Kloostri_vallavalitsus, lk 20
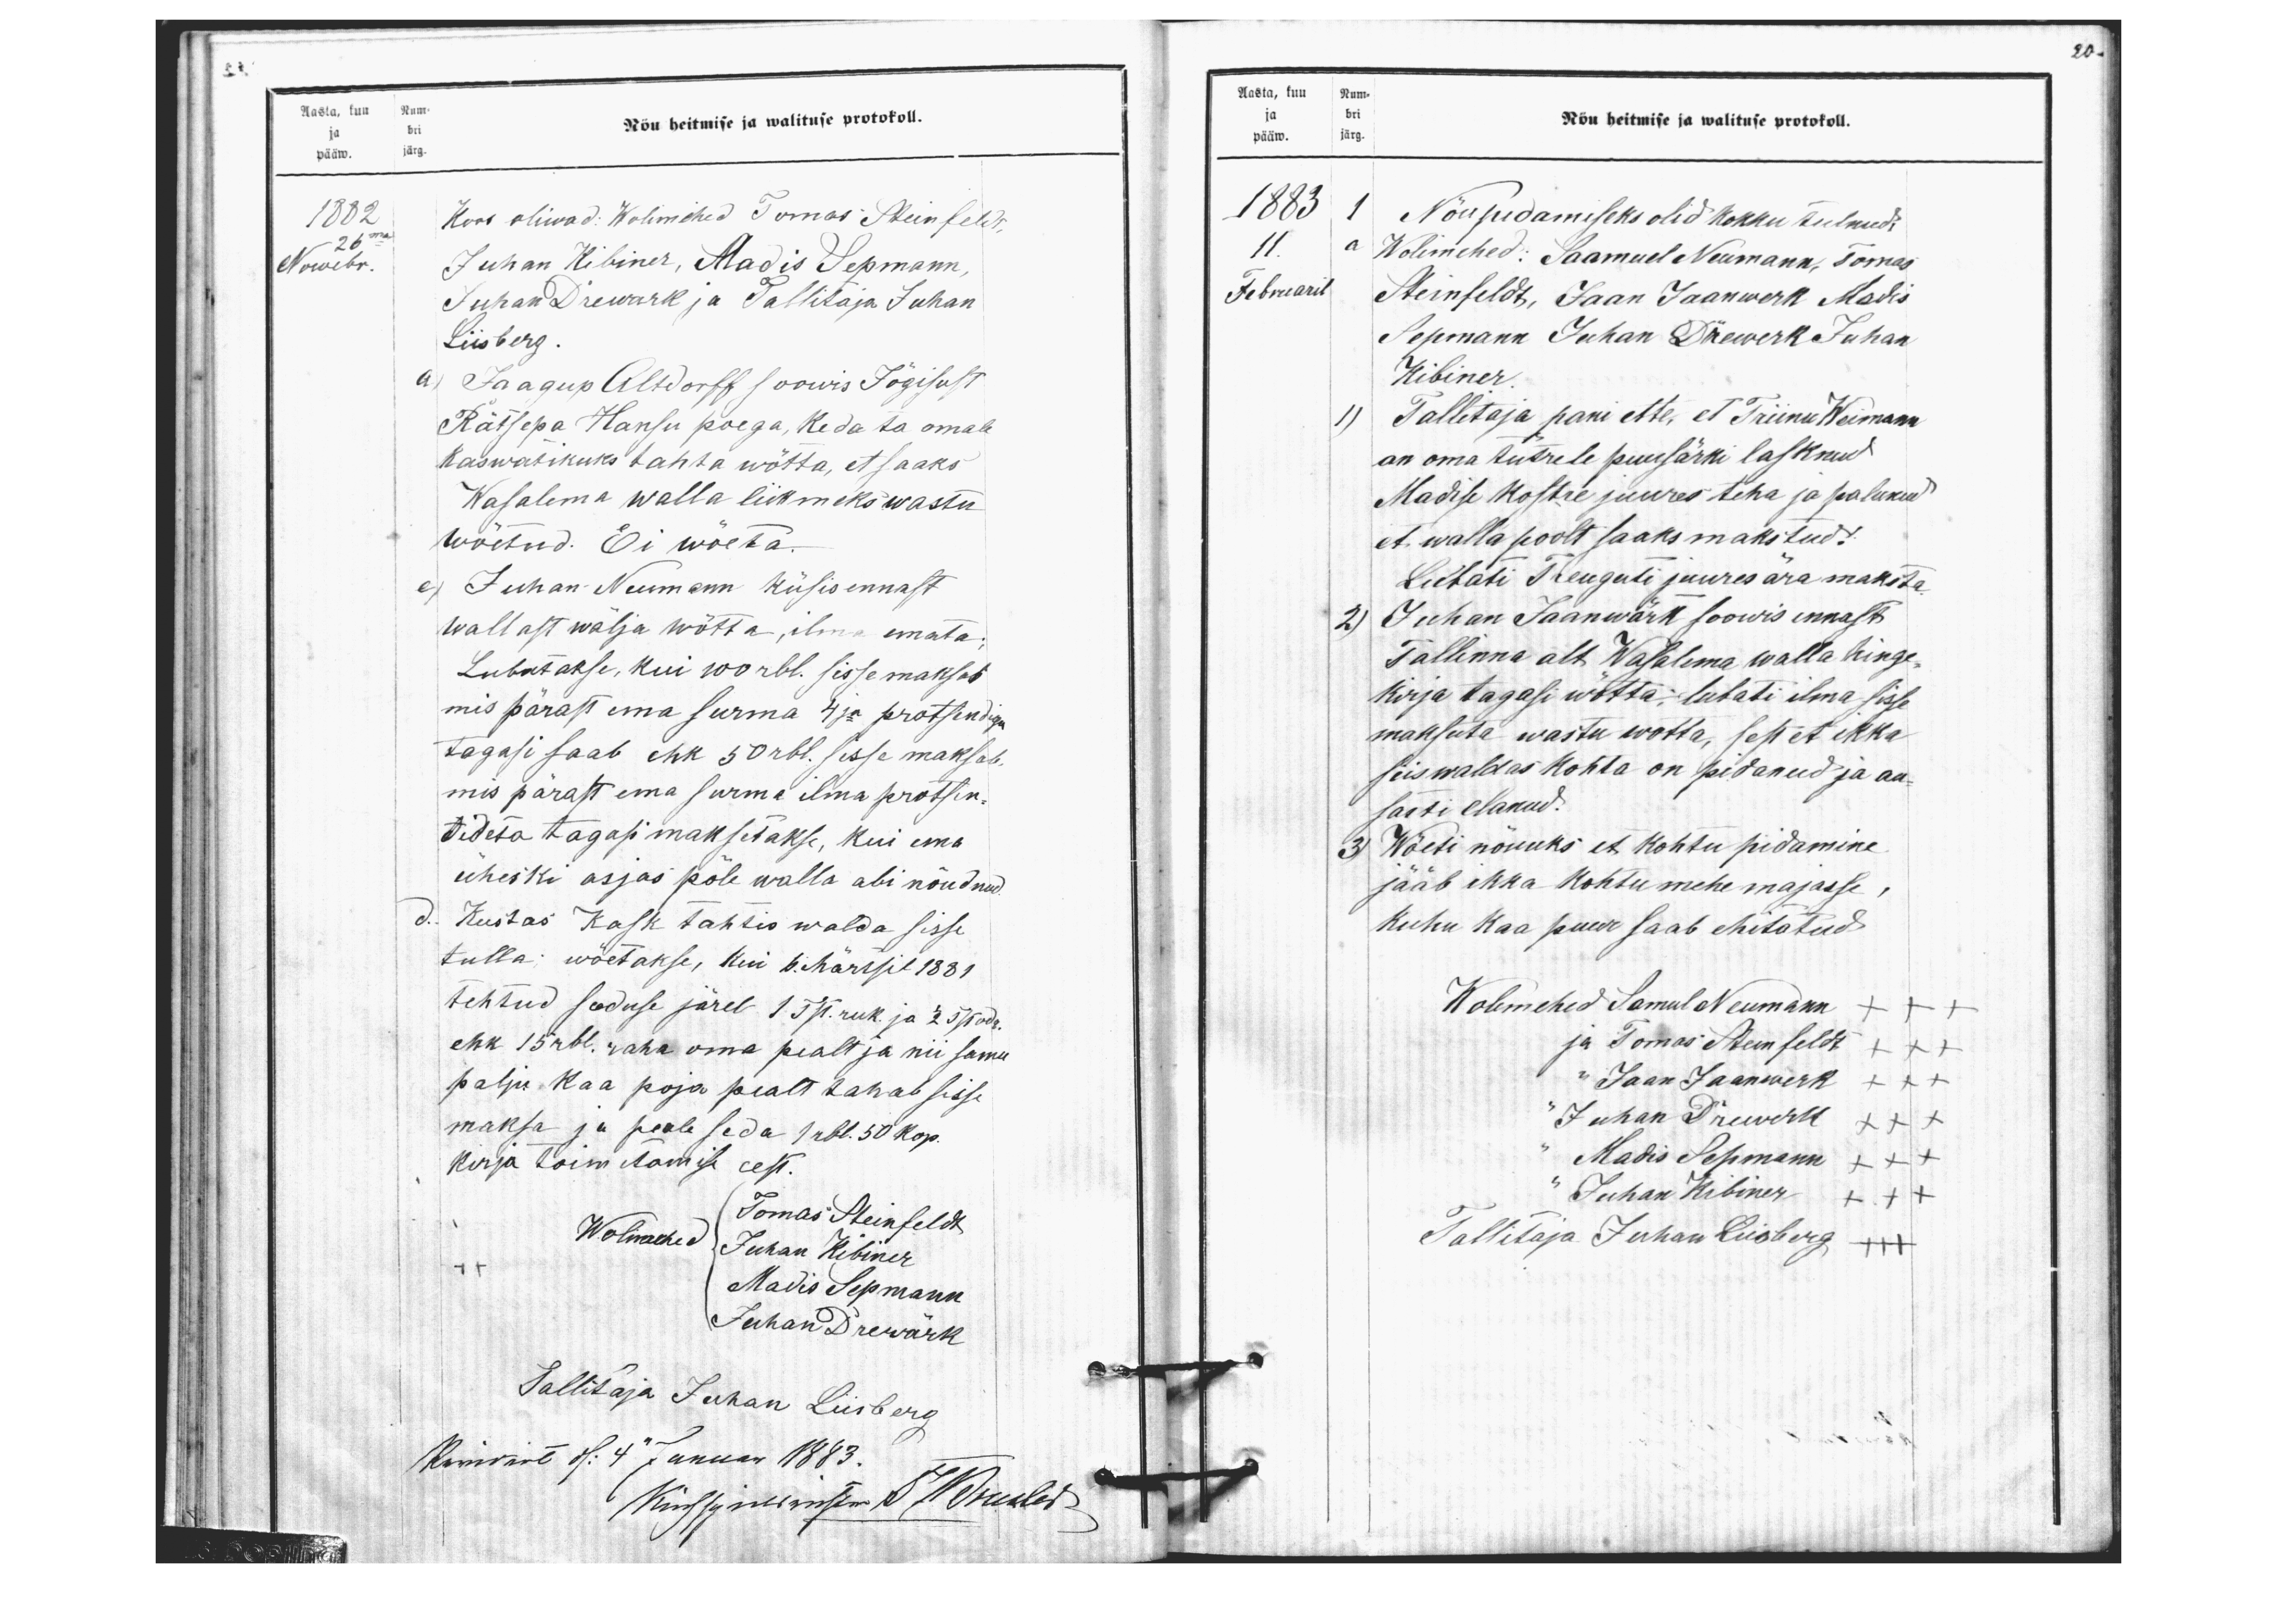
20.

ja bri
pääw. järg.
Aasta, kuu Num.
Nõu heitmise ja walituse protokoll.
1882
Koos oliwad: Wolimehed Tomas Steinfeldt,
26mal
Nowebr.
Juhan Kibiner, Madis Sepmann
Juhan Drewark ja Tallitaja Juhan
Liisberg.
a) Jaagup Altdorff soowis Jõgisust
Rätsepa Hansu poega, keda ta omale
kaswatikuks tahta wõtta, et saaks
Wasalema walla liikmeks wastu
e) Juhan Neumann küsis ennast
wallast wälja wõtta, ilma emata.
Lubatakse, kui 100 rbl. sisse maksab
mis pärast ema surma 4ja protsendiga
tagasi saab ehk 50 rbl. sisse maksab,
wõetud. Ei wõeta
mis pärast ema surma ilma protsen.
tideta tagasi maksetakse, kui ema
üheski asjas põle walla abi nõudnud.
d. Kustas Kask tahtis walda sisse
tulla; wõetakse, kui 6. Märtsil 1881
tehtud seaduse järel 1 Tst. ruk. ja 1/2 Tst odr
ehk 15 rbl. raha oma pealt ja nii sama
palju kaa poja pealt tahab sisse
maksa ja peale seda 1 rbl. 50 kop.
kirja toimetamise eest.
Wolimehed
Tomas Steinfeldt
Juhan Kibiner
Madis Sepmann
Juhand Drewärk
Tallitaja Juhan Liisberg
Ramrill N: 4 Januar 1883.
Küssimeinsen IHÕnelod

Aasta, kuu Num-
ja bri
pääw. järg.
Nõu heitmise ja walituse protokoll.
1883
1 Nõupidamiseks olid kokku tulnud.
11.
a Wolimehed: Saamuel Neumann, Tomas
Februaril
Steinfeldt, Jaan Jaanwerk Madis
Sepmann Juhan Drewerk Juhan
Kibiner
1) Tallitaja pani ette, et Triinu Weimann
on oma tutrele puusärki lasknud
Madise kostre juures teha ja palunud
et walla poolt saaks makstud!
Lubati Treuguti juures ära maksta
2) Juhan Jaanwärk soowis ennast
Tallinna alt Wasalema walla hinge-
kirja tagasi wõtta; lubati ilma sisse
maksuta wastu wõtta, sest et ikka
siis waldas kohta on pidanud ja au-
sasti elanud.
3) Wõeti nõuuks et kohtu pidamine
jääb ikka kohtumehe majasse,
kuhu kaa puur saab ehitatud
Wolimehed Samul Neumann +++
ja Tomas Steinfeldt +++
" Jaan Jaanwerk +++
" Juhan Drewerk +++
Madis Sepmann +++
Juhan Kibiner +++
Tallitaja Juhan Liisberg +++